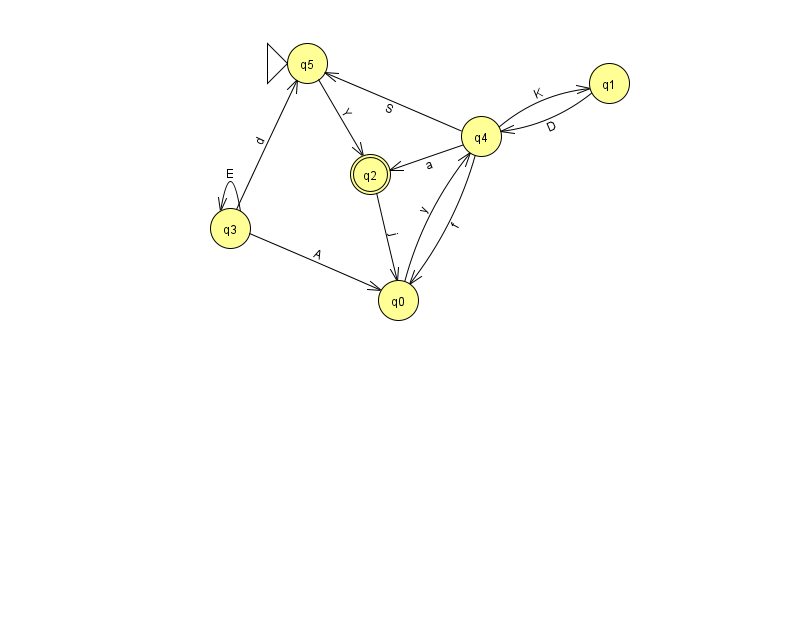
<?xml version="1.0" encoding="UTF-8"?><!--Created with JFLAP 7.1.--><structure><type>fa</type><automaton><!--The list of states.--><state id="0" name="q0"><x>398.0</x><y>287.0</y></state><state id="1" name="q1"><x>609.0</x><y>70.0</y></state><state id="2" name="q2"><x>370.0</x><y>161.0</y><final/></state><state id="3" name="q3"><x>230.0</x><y>215.0</y></state><state id="4" name="q4"><x>481.0</x><y>123.0</y></state><state id="5" name="q5"><x>307.0</x><y>50.0</y><initial/></state><!--The list of transitions.--><transition><from>4</from><to>1</to><read>K</read></transition><transition><from>0</from><to>4</to><read>y</read></transition><transition><from>3</from><to>0</to><read>A</read></transition><transition><from>3</from><to>3</to><read>E</read></transition><transition><from>4</from><to>2</to><read>a</read></transition><transition><from>2</from><to>0</to><read>j</read></transition><transition><from>4</from><to>5</to><read>S</read></transition><transition><from>5</from><to>2</to><read>Y</read></transition><transition><from>3</from><to>5</to><read>d</read></transition><transition><from>4</from><to>0</to><read>f</read></transition><transition><from>1</from><to>4</to><read>D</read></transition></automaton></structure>